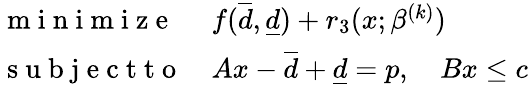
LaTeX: \begin{array}{ll}{\mathrm{~m~i~n~i~m~i~z~e~}}&{f(\overline{d},\underline{d})+r_{3}(x;\beta^{(k)})}\\ {\mathrm{~s~u~b~j~e~c~t~t~o~}}&{Ax-\overline{d}+\underline{d}=p,\quad Bx\leq c}\end{array}